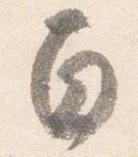
白